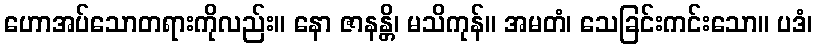
ဟောအပ်သောတရားကိုလည်း။ နော ဇာနန္တိ၊ မသိကုန်။ အမတံ၊ သေခြင်းကင်းသော။ ပဒံ၊